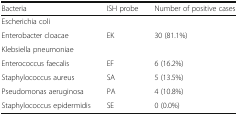
| Bacteria | ISH probe | Number of positive cases |
 | --- | --- | --- |
 | Escherichia coli |  |  |
 | Enterobacter cloacae | EK | 30 (81.1%) |
 | Klebsiella pneumoniae |  |  |
 | Enterococcus faecalis | EF | 6 (16.2%) |
 | Staphylococcus aureus | SA | 5 (13.5%) |
 | Pseudomonas aeruginosa | PA | 4 (10.8%) |
 | Staphylococcus epidermidis | SE | 0 (0.0%) |